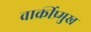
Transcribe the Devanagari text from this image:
वार्क्रीप्र्मुख